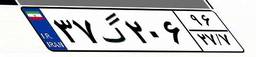
۹۶گ۸۶۱۳۷